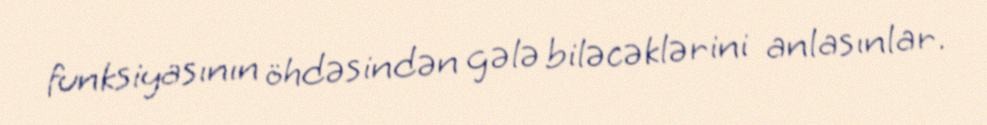
funksiyasının öhdəsindən gələ biləcəklərini anlasınlar.